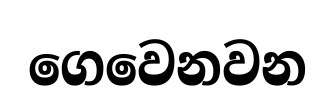
ගෙවෙනවන